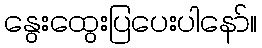
နွေးထွေးပြပေးပါနော်။